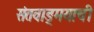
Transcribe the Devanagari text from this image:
संतवाङ्‌मयाची